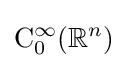
\mathrm {C} _{0}^{\infty }(\mathbb {R} ^{n})